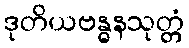
ဒုတိယဗန္ဓနသုတ္တံ